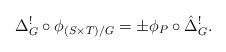
LaTeX: \begin{align*}{\Delta}_G^!\circ \phi_{(S\times T)/G} = \pm \phi_P\circ \hat{\Delta}_G^!.\end{align*}